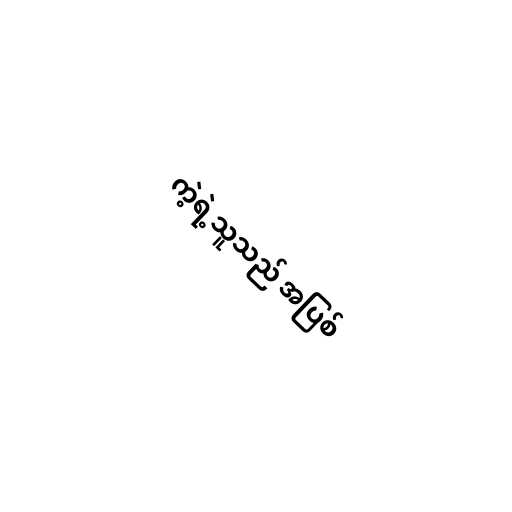
ကဲ့ရဲ့သူသည် အပြစ်